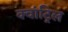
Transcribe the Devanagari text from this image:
क्वांट्रिल